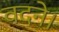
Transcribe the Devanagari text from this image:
वदने।